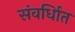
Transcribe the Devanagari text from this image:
संवर्धिात